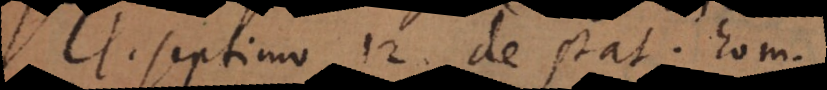
l. septimo 12 de statu hominum,